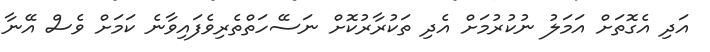
އަދި އެގޮތަށް އަމަލު ނުކުރުމަށް އެދި ތަކުރާރުކޮށް ނަސޭހަތްތެރިވެފައިވާނެ ކަމަށް ވެސް އޭނާ